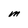
Character: M